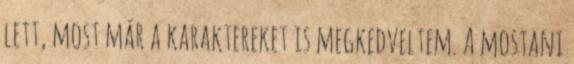
lett, most már a karaktereket is megkedveltem. A mostani